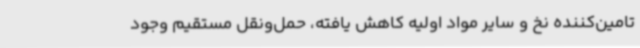
تامین‌کننده نخ و سایر مواد اولیه کاهش یافته، حمل‌ونقل مستقیم وجود